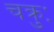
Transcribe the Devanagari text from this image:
चक्रुः